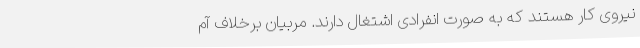
نیروی کار هستند که به صورت انفرادی اشتغال دارند. مربیان برخلاف آم